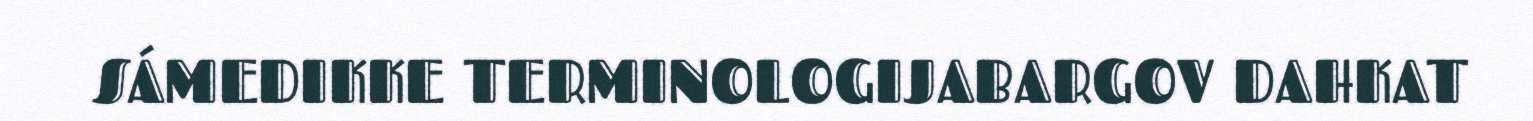
SÁMEDIKKE TERMINOLOGIJABARGOV DAHKAT